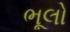
ભૂલો